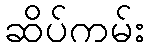
ဆိပ်ကမ်း